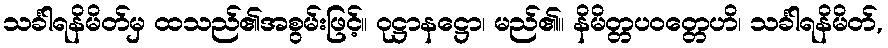
သင်္ခါရနိမိတ်မှ ထသည်၏အစွမ်းဖြင့်။ ဝုဋ္ဌာနဋ္ဌော၊ မည်၏။ နိမိတ္တပဝတ္တေဟိ၊ သင်္ခါရနိမိတ်,